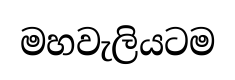
මහවැලියටම